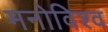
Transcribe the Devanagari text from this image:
मनोविश्व